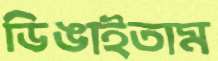
ডিঙাইতাম